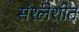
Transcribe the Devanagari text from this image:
संश्लेशीत